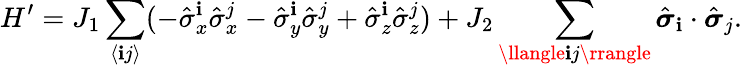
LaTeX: H^{\prime}=J_{1}\sum_{\langle\mathbf{i}j\rangle}(-\hat{{\sigma}}_{x}^{\mathbf{i}}\hat{{\sigma}}_{x}^{j}-\hat{{\sigma}}_{y}^{\mathbf{i}}\hat{{\sigma}}_{y}^{j}+\hat{{\sigma}}_{z}^{\mathbf{i}}\hat{{\sigma}}_{z}^{j})+J_{2}\sum_{\llangle\mathbf{i}j\rrangle}\hat{{\boldsymbol{\sigma}}}_{\mathbf{i}}\cdot\hat{{\boldsymbol{\sigma}}}_{j}.